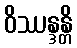
ဝိဿန္ဒန္တိ